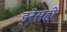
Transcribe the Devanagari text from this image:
ड्रेसही